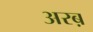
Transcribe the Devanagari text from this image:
अरब़